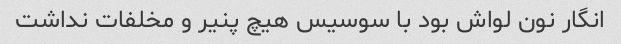
انگار نون لواش بود با سوسیس هیچ پنیر و مخلفات نداشت